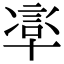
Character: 𠦸